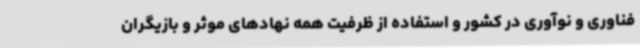
فناوری و نوآوری در کشور و استفاده از ظرفیت همه نهادهای موثر و بازیگران